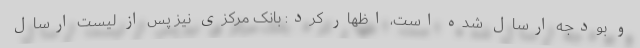
و بودجه ارسال شده است، اظهار کرد: بانک مرکزی نیز پس از لیست ارسال